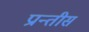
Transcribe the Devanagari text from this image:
प्रान्तीस